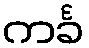
ကင်္ခ